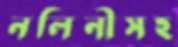
নলিনীসহ